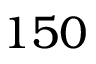
1 5 0